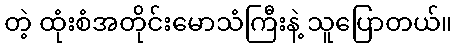
တဲ့ ထုံးစံအတိုင်းမောသံကြီးနဲ့ သူပြောတယ်။